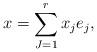
LaTeX: \begin{align*}x = \sum_{J=1}^{r} x_j e_j,\end{align*}